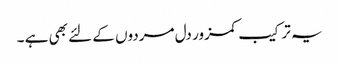
یہ ترکیب کمزور دل مردوں کے لئے بھی ہے ۔